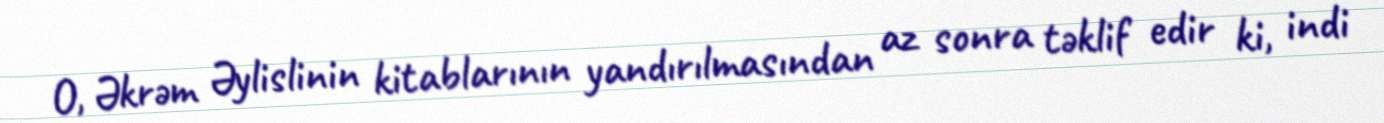
O, Əkrəm Əylislinin kitablarının yandırılmasından az sonra təklif edir ki, indi